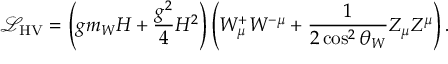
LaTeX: { \mathcal { L } } _ { \mathrm { H V } } = \left( g m _ { W } H + { \frac { g ^ { 2 } } { 4 } } H ^ { 2 } \right) \left( W _ { \mu } ^ { + } W ^ { - \mu } + { \frac { 1 } { 2 \cos ^ { 2 } \theta _ { W } } } Z _ { \mu } Z ^ { \mu } \right) .